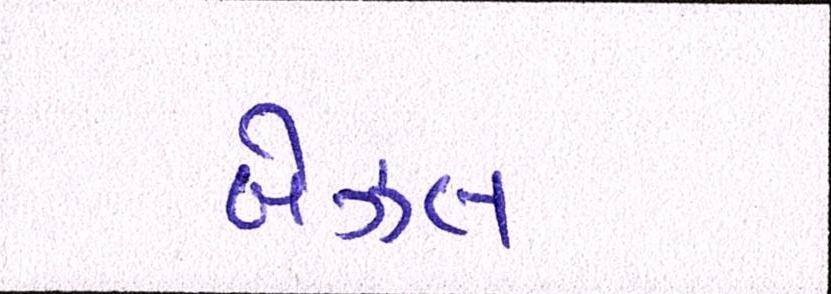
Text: બેઝલ